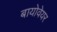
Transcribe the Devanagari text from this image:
बायोवेयर